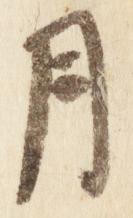
月